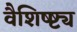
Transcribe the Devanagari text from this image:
वैशिष्ष्ट्य